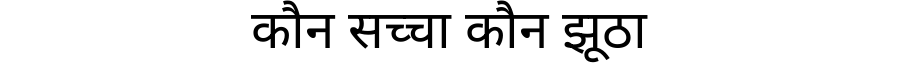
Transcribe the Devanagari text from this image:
कौन सच्चा कौन झूठा